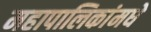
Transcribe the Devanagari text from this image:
महापालिकांमधे